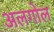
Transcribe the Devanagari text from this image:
अलगोल